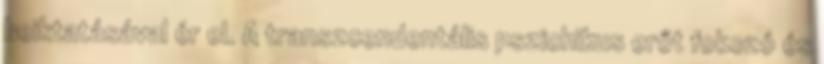
beiktatásával ér el. A transzcendentális pszichikus erőt fokozó és